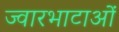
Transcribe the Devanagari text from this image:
ज्वारभाटाओं